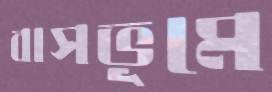
বাসভূমে